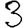
Digit: 3